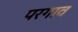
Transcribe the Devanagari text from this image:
परगाव